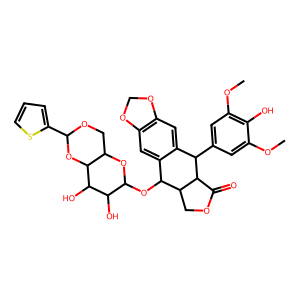
SMILES: COc1cc(C2c3cc4c(cc3C(OC3OC5COC(c6cccs6)OC5C(O)C3O)C3COC(=O)C23)OCO4)cc(OC)c1O
Inhibits HIV replication: No